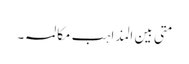
متی بین المذاہب مکالمہ ۔